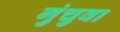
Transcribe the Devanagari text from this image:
गुंचुवा